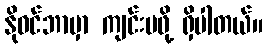
နိုဝင်ဘာမှာ ကျင်းပဖို့ ရှိပါတယ်။